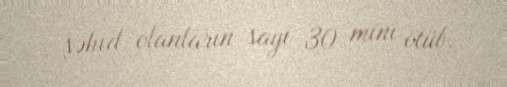
şəhid olanların sayı 30 mini ötüb.